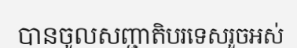
បានចូលសញ្ជាតិបរទេសរួចអស់